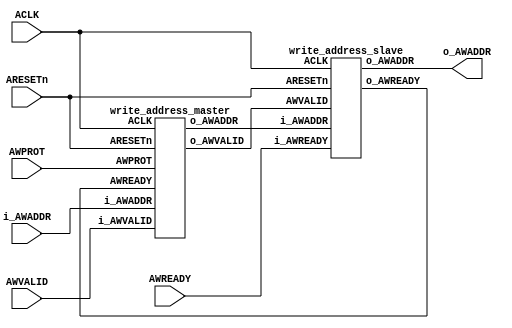
module write_address_ms(ACLK, ARESETn, AWVALID, AWREADY, i_AWADDR, o_AWADDR, AWPROT);
input ACLK, ARESETn;
input AWREADY, AWVALID;
input [31:0] i_AWADDR;
input [2:0] AWPROT;
output [31:0]o_AWADDR;

wire o_AWREADY, o_AWVALID;
wire [31:0] w_AWADDR;

write_address_master addr_m(ACLK, ARESETn, AWVALID, o_AWVALID, o_AWREADY, i_AWADDR, w_AWADDR, AWPROT);
write_address_slave addr_s(ACLK, ARESETn, o_AWVALID, AWREADY, o_AWREADY, w_AWADDR, o_AWADDR);

endmodule



module write_address_master(ACLK, ARESETn,i_AWVALID, o_AWVALID, AWREADY, i_AWADDR, o_AWADDR, AWPROT);
	input ACLK;
	input ARESETn;
	input i_AWVALID;
	input AWREADY;
	output reg o_AWVALID;
	input [31:0] i_AWADDR;
	output reg [31:0] o_AWADDR;
	input [2:0] AWPROT;         // Check
	
		

	always @(posedge ACLK) begin
		o_AWVALID <= i_AWVALID;
		if(ARESETn)
		begin
		o_AWADDR <= 32'b0;
		o_AWVALID <=1'b0;
		end
		
		if (o_AWVALID && AWREADY) 
		o_AWADDR <= i_AWADDR;
		else 
		o_AWADDR <= 32'b0;
	end
	
	
endmodule	



module write_address_slave(ACLK,ARESETn, AWVALID, i_AWREADY, o_AWREADY, i_AWADDR, o_AWADDR);
	input ACLK;
	input ARESETn;
	output reg o_AWREADY;
	input i_AWREADY;
	input AWVALID;
	input [31:0] i_AWADDR;
	output reg [31:0] o_AWADDR;
	//input [2:0] AWPROT;         // Check
	
	always @(posedge ACLK) begin  
		o_AWREADY <= i_AWREADY;   // RESET
		if(ARESETn) begin
		o_AWADDR <= 32'b0;
		o_AWREADY <=1'b0;
		end
		
		if (AWVALID && o_AWREADY) 
		o_AWADDR <= i_AWADDR;
		
		else 
		o_AWADDR <= 32'b0;
	
	end
	
   //Hand Shaking and addr sending

endmodule